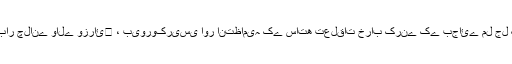
وہ چاہتا ہے کہ کاروبار چلتا رہے، کاروبار چلانے والے وزرائ￿ ، بیوروکریسی اور انتظامیہ کے ساتھ تعلقات خراب کرنے کے بجائے مل جل کر آگے بڑھنے کی کوشش کرتے ہیں۔